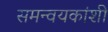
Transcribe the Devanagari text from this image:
समन्वयकांशी